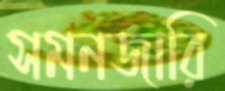
সমনজারি